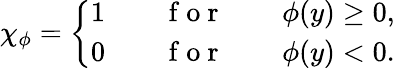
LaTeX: \chi_{\phi}=\left\{ \begin{array}{ll}{1\qquad\mathrm{~f~o~r~}\qquad\phi(y)\geq 0,}\\ {0\qquad\mathrm{~f~o~r~}\qquad\phi(y)<0.}\end{array}\right.